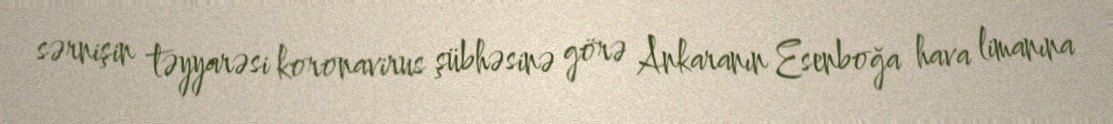
sərnişin təyyarəsi koronavirus şübhəsinə görə Ankaranın Esenboğa hava limanına